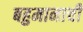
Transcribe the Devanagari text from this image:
बहुमानाची